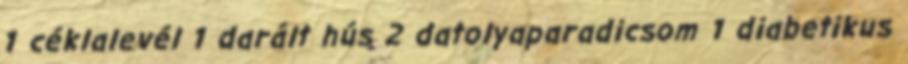
1 céklalevél 1 darált hús 2 datolyaparadicsom 1 diabetikus